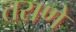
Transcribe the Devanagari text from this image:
तराणे